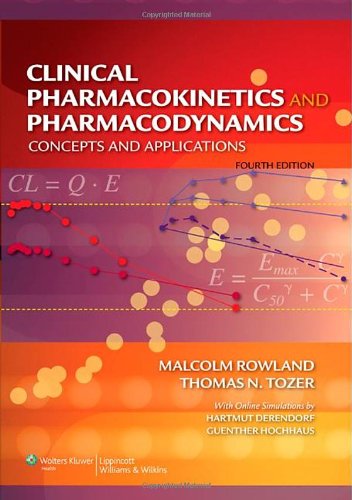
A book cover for Clinical Pharmacokinetics and Pharmacodynamics: Concepts and Applications; Malcolm Rowland; Medical Books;